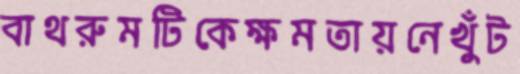
বাথরুমটিকেক্ষমতায়নেখুঁট